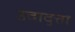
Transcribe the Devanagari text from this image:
उदाद्त्ता